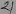
Text: 21